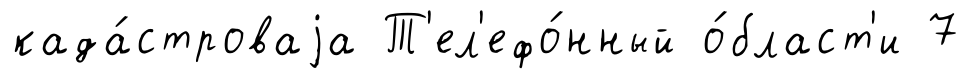
када́строваjа Т'ел'ефо́нный о́бласт'и 7